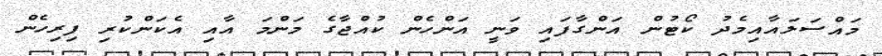
މައްސަލައާއިމެދު ކޯޓުން އަންގާފައި ވަނީ އަންހެން ކުއްޖާގެ މަންމަ އާއި އެކަންކުރި ފިރިހެން